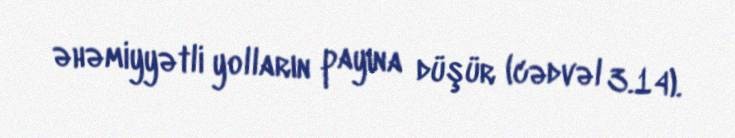
əhəmiyyətli yolların payına düşür (cədvəl 3.14).